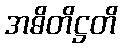
အဓိတိဋ္ဌတိ